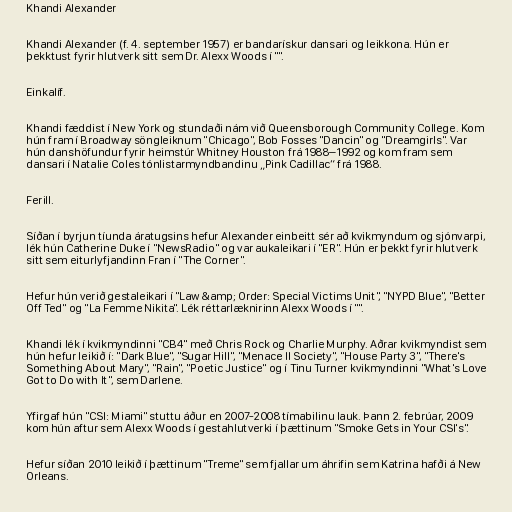
Khandi Alexander

Khandi Alexander (f. 4. september 1957) er bandarískur dansari og leikkona. Hún er
þekktust fyrir hlutverk sitt sem Dr. Alexx Woods í "".

Einkalíf.

Khandi fæddist í New York og stundaði nám við Queensborough Community College. Kom
hún fram í Broadway söngleiknum "Chicago", Bob Fosses "Dancin" og "Dreamgirls". Var
hún danshöfundur fyrir heimstúr Whitney Houston frá 1988–1992 og kom fram sem
dansari í Natalie Coles tónlistarmyndbandinu „Pink Cadillac“ frá 1988.

Ferill.

Síðan í byrjun tíunda áratugsins hefur Alexander einbeitt sér að kvikmyndum og sjónvarpi,
lék hún Catherine Duke í "NewsRadio" og var aukaleikari í "ER". Hún er þekkt fyrir hlutverk
sitt sem eiturlyfjandinn Fran í "The Corner".

Hefur hún verið gestaleikari í "Law &amp; Order: Special Victims Unit", "NYPD Blue", "Better
Off Ted" og "La Femme Nikita". Lék réttarlæknirinn Alexx Woods í "".

Khandi lék í kvikmyndinni "CB4" með Chris Rock og Charlie Murphy. Aðrar kvikmyndist sem
hún hefur leikið í: "Dark Blue", "Sugar Hill", "Menace II Society", "House Party 3", "There's
Something About Mary", "Rain", "Poetic Justice" og í Tinu Turner kvikmyndinni "What's Love
Got to Do with It", sem Darlene.

Yfirgaf hún "CSI: Miami" stuttu áður en 2007-2008 tímabilinu lauk. Þann 2. febrúar, 2009
kom hún aftur sem Alexx Woods í gestahlutverki í þættinum "Smoke Gets in Your CSI's".

Hefur síðan 2010 leikið í þættinum "Treme" sem fjallar um áhrifin sem Katrina hafði á New
Orleans.